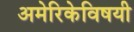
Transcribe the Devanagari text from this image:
अमेरिकेविषयी